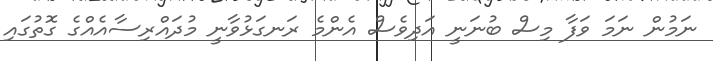
ނަމުން ނަމަ ވަފާ މިސް ބުނަނީ އަދިވެސް އެންމެ ރަނގަޅުވާނީ މުދައްރިސާއެއްގެ ގޮތުގައި